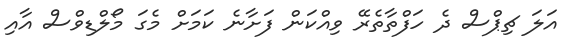
އަލަ ޗިޕްސް ދެ ހަފްތާތެރޭ ވިއްކަން ފަށާނެ ކަަމަށް މެގަ މޯލްޑިވްސް އާއި